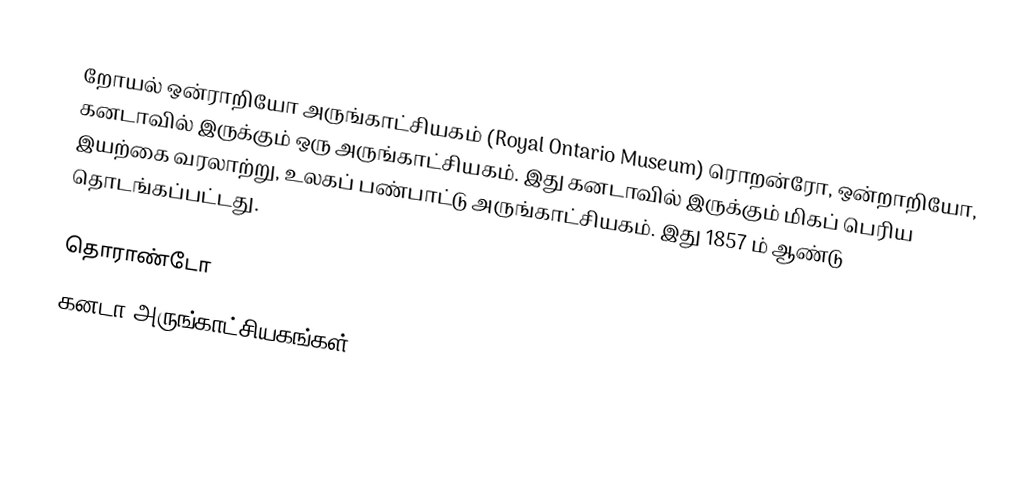
றோயல் ஒன்ராறியோ அருங்காட்சியகம் (Royal Ontario Museum) ரொறன்ரோ, ஒன்றாறியோ, கனடாவில் இருக்கும் ஒரு அருங்காட்சியகம். இது கனடாவில் இருக்கும் மிகப் பெரிய இயற்கை வரலாற்று, உலகப் பண்பாட்டு அருங்காட்சியகம். இது 1857 ம் ஆண்டு தொடங்கப்பட்டது.

தொராண்டோ
கனடா அருங்காட்சியகங்கள்